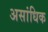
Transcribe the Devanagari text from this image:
असांधिक